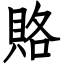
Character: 賂